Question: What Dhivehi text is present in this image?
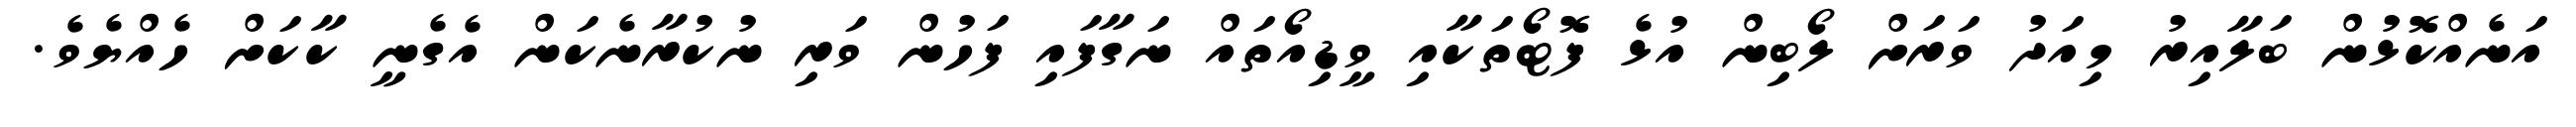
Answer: އަނެއްކޮޅުން ބަލާއިރު މިއަދު ވަރަށް ލޯބިން އުޅެ ފޮޓޯތަކާއި ވީޑިއޯތައް ނަގާފައި ފަހުން ވަރި ނުކުރާނެކަން އެގެނީ ކާކަށް ހެއްޔެވެ.